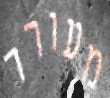
מעורר